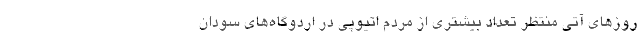
روزهای آتی منتظر تعداد بیشتری از مردم اتیوپی در اردوگاه‌های سودان